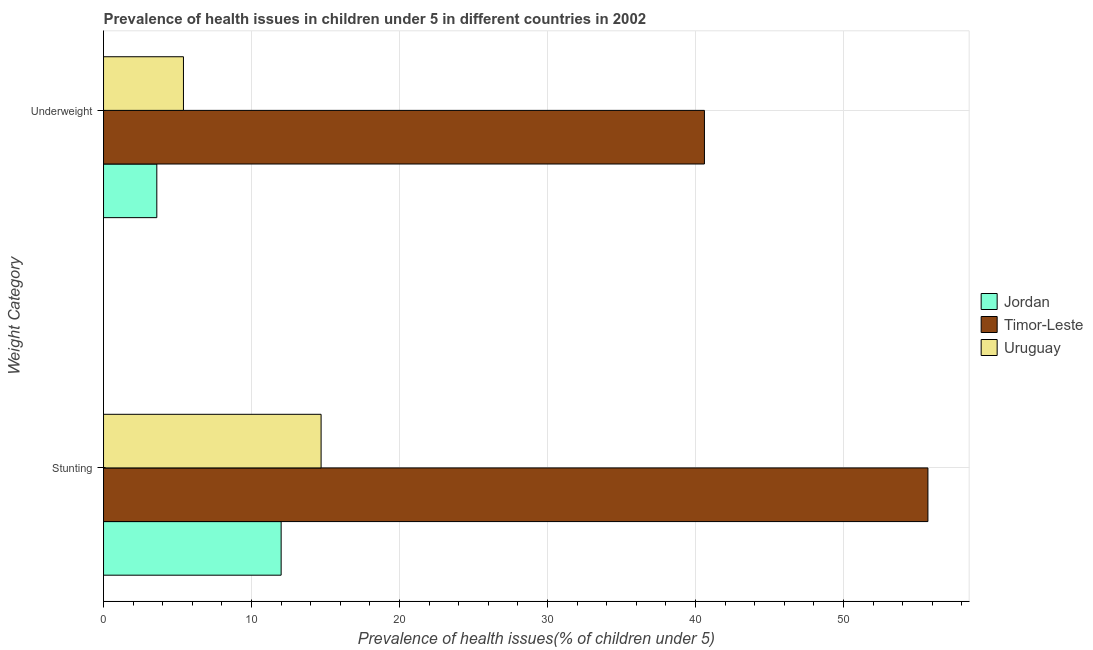
| Weight Category | Jordan | Timor-Leste | Uruguay |
 | --- | --- | --- | --- |
 | Stunting | 12 | 55.7 | 14.7 |
 | Underweight | 3.6 | 40.6 | 5.4 |